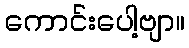
ကောင်းပေါ့ဗျာ။